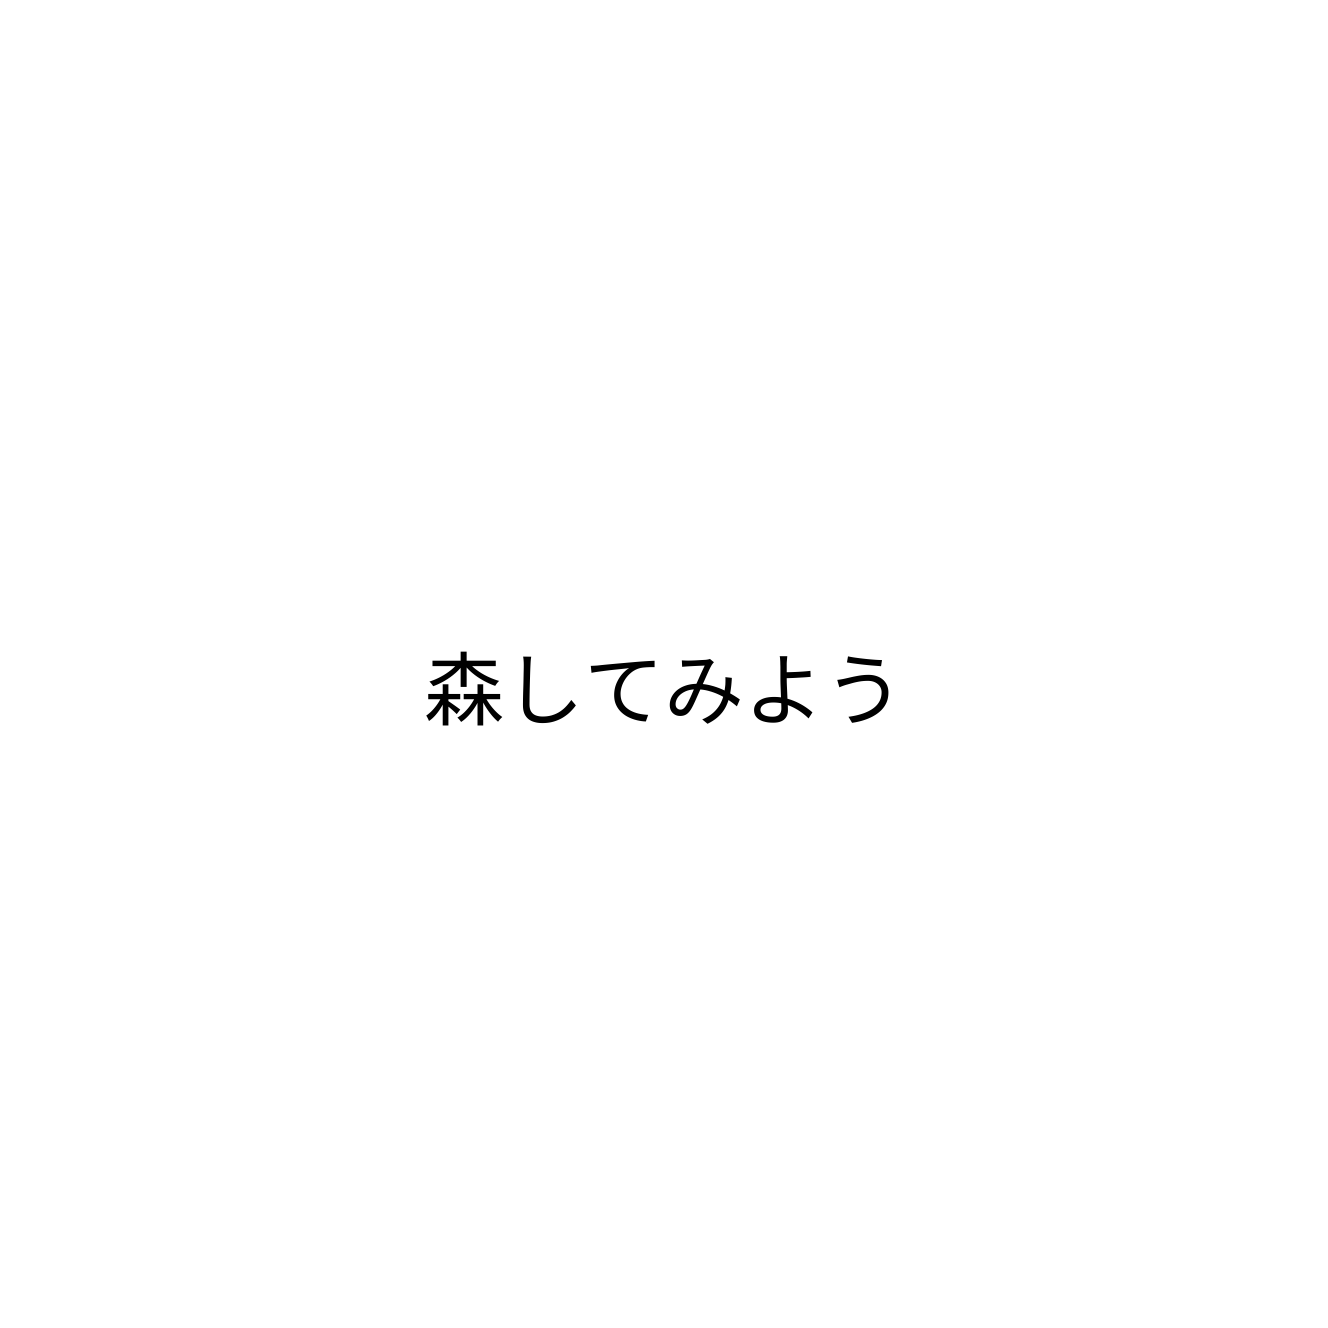
森してみよう